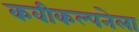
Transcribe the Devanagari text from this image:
कवीकल्पनेला